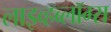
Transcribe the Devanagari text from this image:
लाइव्हब्लॉग्स